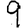
Digit: 9